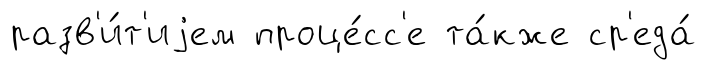
разв'и́т'иjем проце́сс'е та́кже ср'еда́